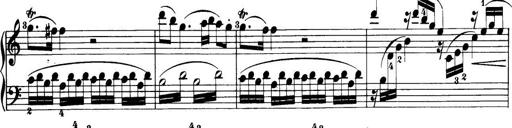
Title: 32 Sonatinas and Rondos for the Piano
Composer: Richard Kleinmichel